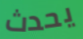
يحدث